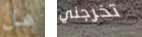
هل تخرجني